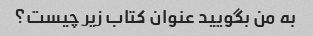
به من بگویید عنوان کتاب زیر چیست؟